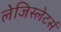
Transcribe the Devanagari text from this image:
लेजिस्लेटर्स